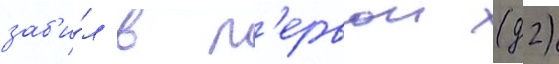
заб'и́л в п'ервои (д2)